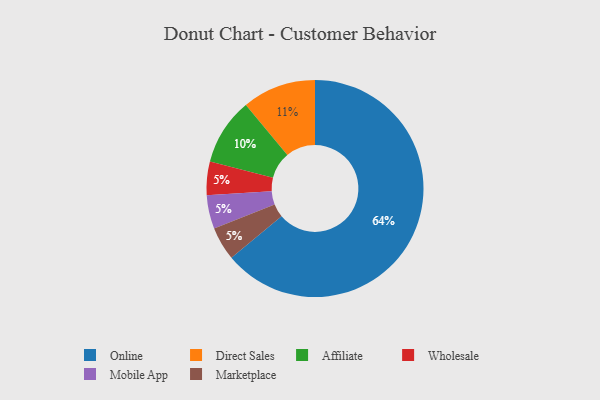
{"axis": {"x": "Category", "y": "Percentage"}, "legend": ["Affiliate", "Direct Sales", "Marketplace", "Mobile App", "Online", "Wholesale"], "data": [{"x": "Online", "y": 64, "type": "Online"}, {"x": "Wholesale", "y": 5, "type": "Wholesale"}, {"x": "Affiliate", "y": 10, "type": "Affiliate"}, {"x": "Direct Sales", "y": 11, "type": "Direct Sales"}, {"x": "Mobile App", "y": 5, "type": "Mobile App"}, {"x": "Marketplace", "y": 5, "type": "Marketplace"}]}